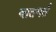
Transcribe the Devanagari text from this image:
वातगर्त